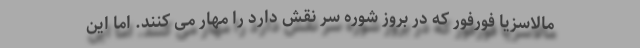
مالاسزیا فورفور که در بروز شوره سر نقش دارد را مهار می کنند. اما این